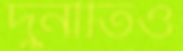
দুর্নীতিও